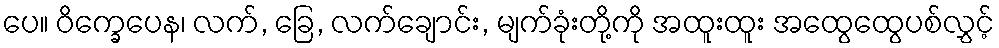
ပေ။ ဝိက္ခေပေန၊ လက်, ခြေ, လက်ချောင်း, မျက်ခုံးတို့ကို အထူးထူး အထွေထွေပစ်လွှင့်